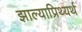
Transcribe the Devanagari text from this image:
झाल्याप्रिथ्यर्थ